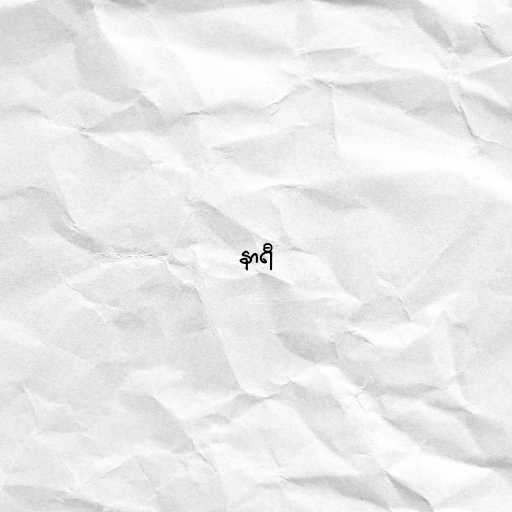
နာရီ